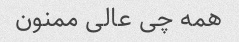
همه چی عالی ممنون